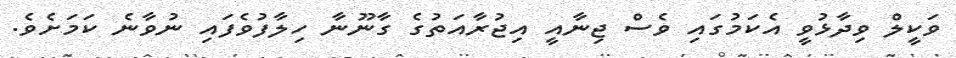
ވަކީލް ވިދާޅުވީ އެކަމުގައި ވެސް ޖިނާއީ އިޖުރާއަތުގެ ގާނޫނާ ހިލާފުވެފައި ނުވާނެ ކަމަށެވެ.